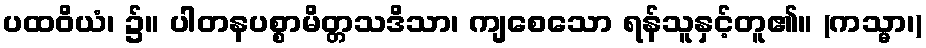
ပထဝိယံ၊ ၌။ ပါတနပစ္စာမိတ္တသဒိသာ၊ ကျစေသော ရန်သူနှင့်တူ၏။ (ကသ္မာ၊)